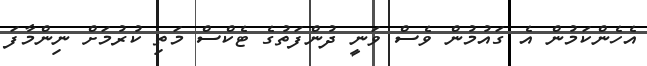
އެހެންކަމުން އެ ގައުމުން ވެސް ވަނީ ދުންފަތުގެ ޓެކްސް މަތި ކުރުމަށް ނިންމާފަ